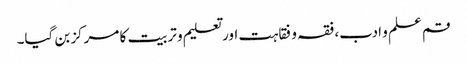
قم علم و ادب، فقہ و فقاہت اور تعلیم و تربیت کا مرکز بن گیا۔